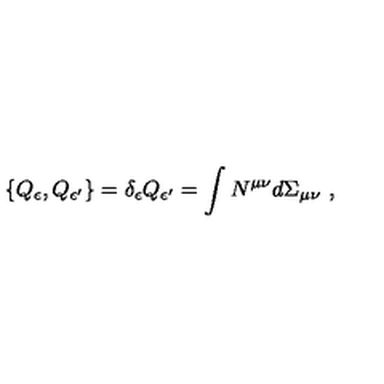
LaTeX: \{ Q _ { \epsilon } , Q _ { \epsilon ^ { \prime } } \} = \delta _ { \epsilon } Q _ { \epsilon ^ { \prime } } = \int N ^ { \mu \nu } d \Sigma _ { \mu \nu } \ ,